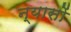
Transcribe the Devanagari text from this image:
न्‍यासों